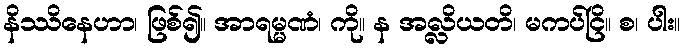
နိဿိနေဟာ၊ ဖြစ်၍။ အာရမ္မဏံ၊ ကို။ န အလ္လိယတိ၊ မကပ်ငြိ။ စ၊ ပါး။